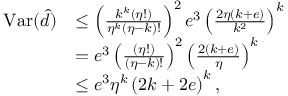
\begin{array} { r l } { \mathrm { V a r } ( \hat { d } ) } & { \leq \left( \frac { k ^ { k } \left( \eta ! \right) } { \eta ^ { k } \left( \eta - k \right) ! } \right) ^ { 2 } e ^ { 3 } \left( \frac { 2 \eta \left( k + e \right) } { k ^ { 2 } } \right) ^ { k } } \\ & { = e ^ { 3 } \left( \frac { \left( \eta ! \right) } { \left( \eta - k \right) ! } \right) ^ { 2 } \left( \frac { 2 \left( k + e \right) } { \eta } \right) ^ { k } } \\ & { \leq e ^ { 3 } \eta ^ { k } \left( 2 k + 2 e \right) ^ { k } , } \end{array}